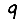
Digit: 9